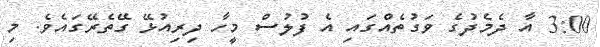
3:00 އާ ދެމެދުގެ ވަގުތެއްގައި އެ ފުލުސް މީހާ ދިރިއުޅޭ ގޭތެރޭގައެވެ. މި